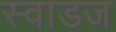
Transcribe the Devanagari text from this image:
स्वाडज